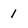
Character: 1